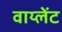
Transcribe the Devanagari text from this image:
वाय्लेंट